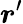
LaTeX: {\boldsymbol{r}}^{\prime}